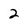
Character: 2